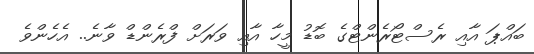
ބައްޕަ އާއި ރެސްޓޯރެންޓްގެ ބޮޑު މީހާ އާއި ވަރަށް ފްރެންޑް ވާނެ.. އެހެންވެ